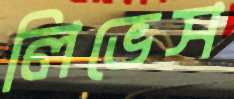
লিভেস